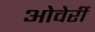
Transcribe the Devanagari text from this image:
ओवेर्री